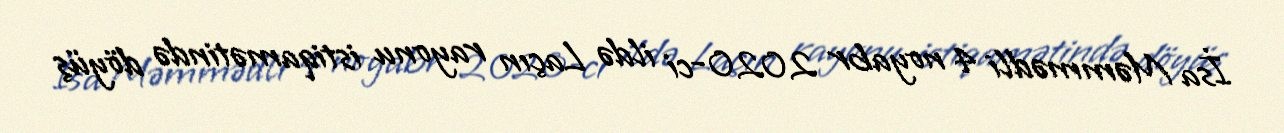
İsa Məmmədli 4 noyabr 2020-ci ildə Laçın rayonu istiqamətində döyüş